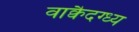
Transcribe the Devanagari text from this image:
वाक्वैदग्ध्य